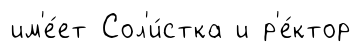
им'е́ет Сол'и́стка и р'е́ктор